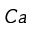
C a